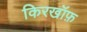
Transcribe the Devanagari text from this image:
किरखॉफ़